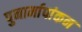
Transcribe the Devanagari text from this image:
पुनार्मापांकन